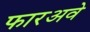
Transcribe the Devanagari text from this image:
फारअवे